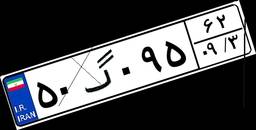
۵۰گ۰۹۵۶۲